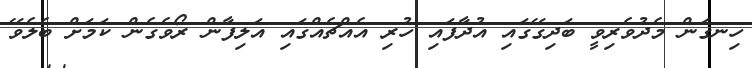
ހިނގަން މެދުވެރިވީ ބަދިގޭގައި އުދާފައި ހުރި އެއްޗެއްގައި އަލިފާން ރޯވެގެން ކަމަށް ބެލެވޭ